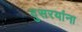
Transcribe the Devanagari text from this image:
दुसरयांना